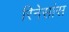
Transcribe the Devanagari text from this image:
रिनेसांस